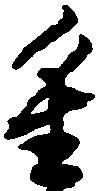
重